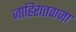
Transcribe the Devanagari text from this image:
जाहिरातवाजा